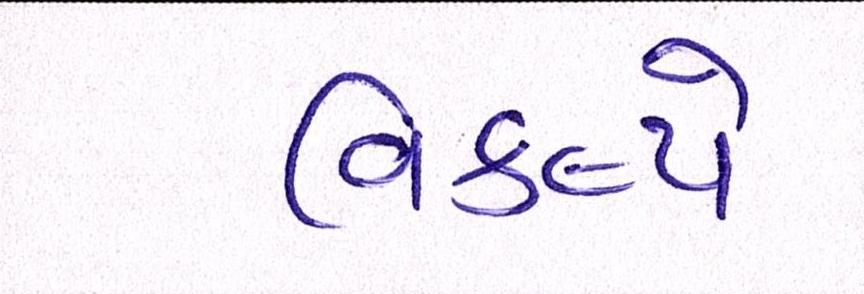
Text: વિકલ્પે